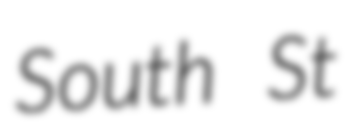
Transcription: South St